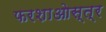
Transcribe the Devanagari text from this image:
फरशाओस्त्र